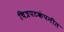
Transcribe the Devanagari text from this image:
चित्रपटकंपनीत